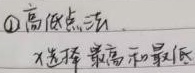
\textcircled{1} 高低点法选择最高和最低